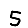
Digit: 5